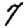
Digit: 7